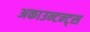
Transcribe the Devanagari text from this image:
अकाउन्टन्ट्स